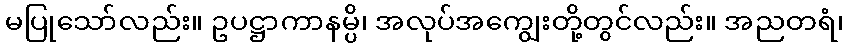
မပြုသော်လည်း။ ဥပဋ္ဌာကာနမ္ပိ၊ အလုပ်အကျွေးတို့တွင်လည်း။ အညတရံ၊